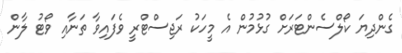
ގެންދިޔަ ކޯލްސެންޓަރަށް ގުޅުމުން އެ މީހަކު ރަޖިސްޓްރީ ވެފައިވާ ތަނާއި ވޯޓު ލާން